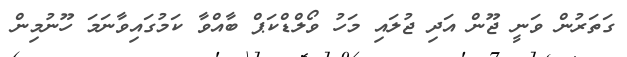
ގަތަރުން ވަނީ ޖޫން އަދި ޖުލައި މަހު ވޯލްޑްކަޕް ބާއްވާ ކަމުގައިވާނަމަ ހޫނުމިން